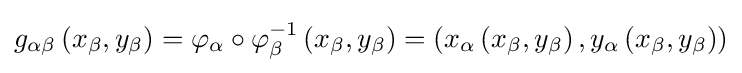
g_{\alpha \beta }\left(x_{\beta },y_{\beta }\right)=\varphi _{\alpha }\circ \varphi _{\beta }^{-1}\left(x_{\beta },y_{\beta }\right)=\left(x_{\alpha }\left(x_{\beta },y_{\beta }\right),y_{\alpha }\left(x_{\beta },y_{\beta }\right)\right)